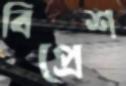
বিপ্রেশ